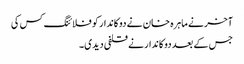
آخر نے ماہرہ خان نے دوکاندار کو فلائنگ کس کی
جس کے بعد دوکاندار نے قلفی دیدی۔